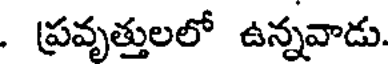
. ప్రవృత్తులలో ఉన్నవాడు.